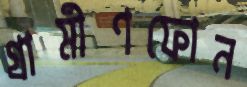
গ্রামীণফোন